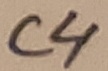
Text: C4